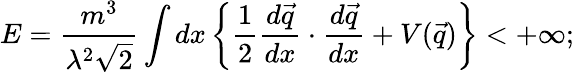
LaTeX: E=\frac{m^{3}}{\lambda^{2}\sqrt{2}}\int dx\left\{ \frac{1}{2}\frac{d\vec{q}}{dx}\cdot\frac{d\vec{q}}{dx}+V(\vec{q})\right\} <+\infty;